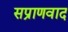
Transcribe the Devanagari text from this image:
सप्राणवाद